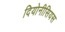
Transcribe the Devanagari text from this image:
दियोनीसियस